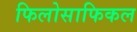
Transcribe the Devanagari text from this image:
फिलोसाफिकल